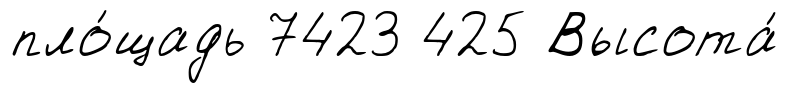
пло́щадь 7423 425 Высота́